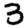
Digit: 3